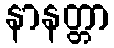
နာနတ္တာ